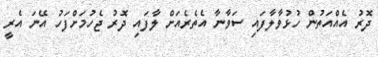
ދޮރު އެއްއަތުން ހުޅުވާލާފައި ސަވާނާ އެތެރެއަށް ލާފައި ދޮރު ޖެހުމަށްފަހު އޭނަ އެރީ